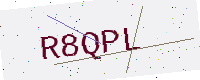
Text: R8QPL